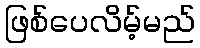
ဖြစ်ပေလိမ့်မည်